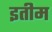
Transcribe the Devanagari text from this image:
इतीम